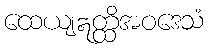
ထေယျဣတ္ထိအဝဒေသံ